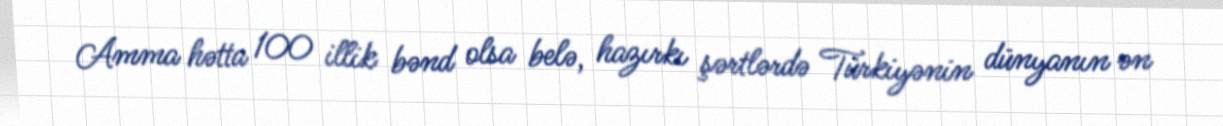
Amma hətta 100 illik bənd olsa belə, hazırkı şərtlərdə Türkiyənin dünyanın ən